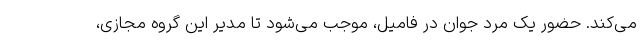
می‌کند. حضور یک مرد جوان در فامیل، موجب می‌شود تا مدیر این گروه مجازی،